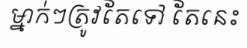
ម្នាក់ៗត្រូវតែទៅ តែនេះ